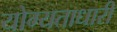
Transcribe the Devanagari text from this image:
योग्यताधारी